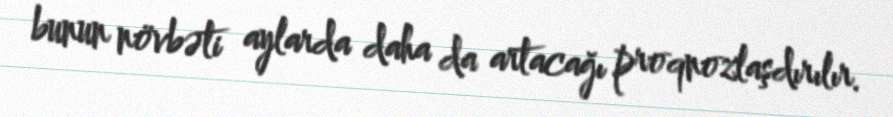
bunun növbəti aylarda daha da artacağı proqnozlaşdırılır.